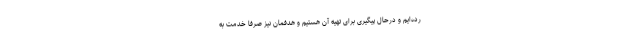
رده‌ایم و درحال پیگیری برای تهیه آن هستیم و هدفمان نیز صرفا خدمت به